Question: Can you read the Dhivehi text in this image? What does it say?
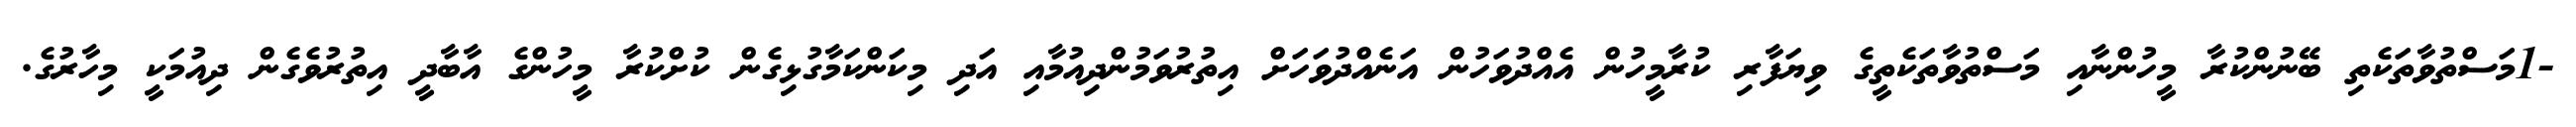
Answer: -1މަސްތުވާތަކެތި ބޭނުންކުރާ މީހުންނާއި މަސްތުވާތަކެތީގެ ވިޔަފާރި ކުރާމީހުން އެއްދުވަހުން އަނެއްދުވަހަށް އިތުރުވަމުންދިއުމާއި އަދި މިކަންކަމާގުޅިގެން ކުށްކުރާ މީހުންގެ އާބާދީ އިތުރުވެގެން ދިއުމަކީ މިހާރުގެ.